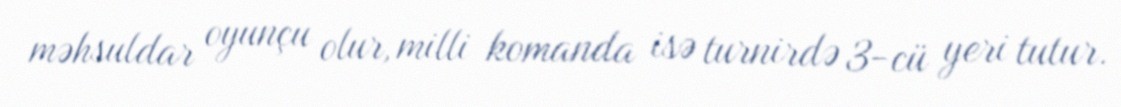
məhsuldar oyunçu olur, milli komanda isə turnirdə 3-cü yeri tutur.